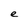
Character: e